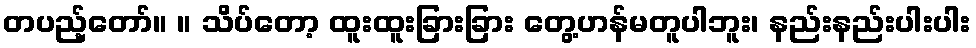
တပည့်တော်။ ။ သိပ်တော့ ထူးထူးခြားခြား တွေ့ဟန်မတူပါဘူး၊ နည်းနည်းပါးပါး